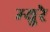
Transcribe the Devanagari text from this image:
म्‍युरे